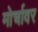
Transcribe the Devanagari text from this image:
मोर्चावर